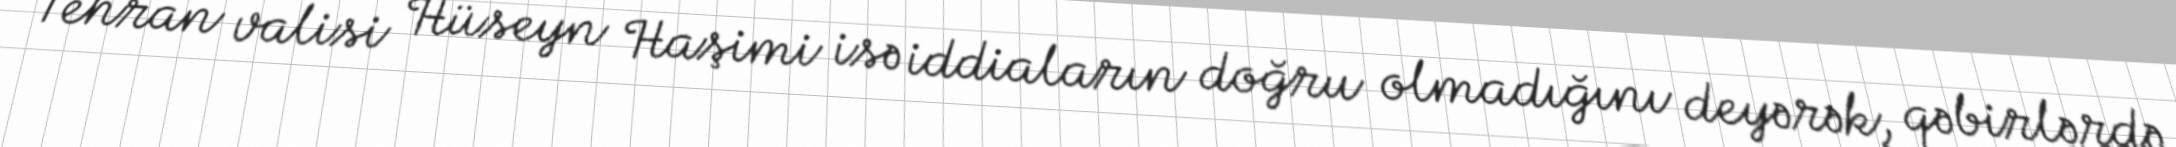
Tehran valisi Hüseyn Haşimi isə iddiaların doğru olmadığını deyərək, qəbirlərdə